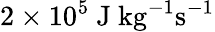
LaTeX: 2\times 10^{5}~\mathrm{J~kg}^{-1}\mathrm{s}^{-1}